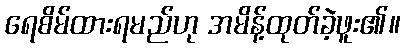
ရေစိမ်ထားရမည်ဟု အမိန့်ထုတ်ခဲ့ဖူး၏။